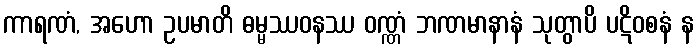
ကာရဏံ, အဟော ဥပမာတိ ဓမ္မဿဝနဿ ဝဏ္ဏံ ဘဏမာနာနံ သုတွာပိ ပဋိဝစနံ န